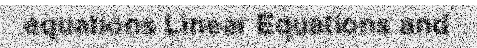
equations Linear Equations and